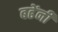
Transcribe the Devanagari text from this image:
बढेंनी